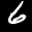
Label: 6